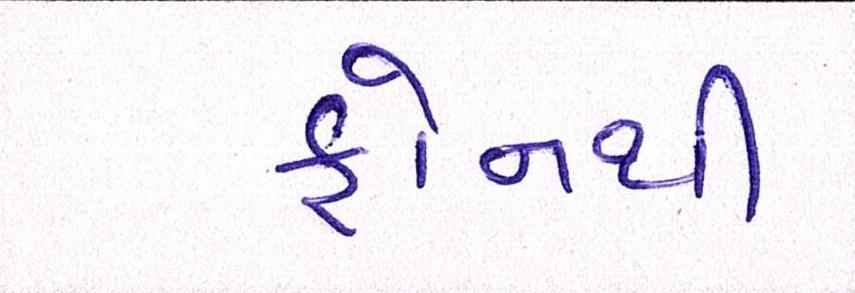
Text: ફોનથી